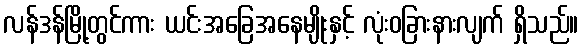
လန်ဒန်မြို့တွင်ကား ယင်းအခြေအနေမျိုးနှင့် လုံးဝခြားနားလျက် ရှိသည်။